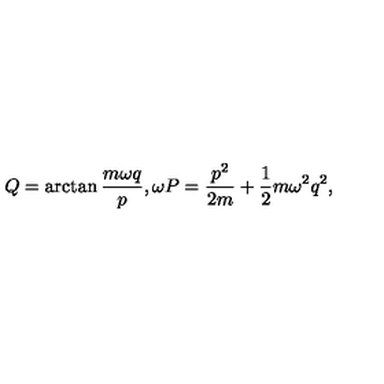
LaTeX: Q = \arctan \frac { m \omega q } { p } , \omega P = \frac { p ^ { 2 } } { 2 m } + \frac { 1 } { 2 } m \omega ^ { 2 } q ^ { 2 } ,